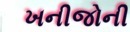
ખનીજોની